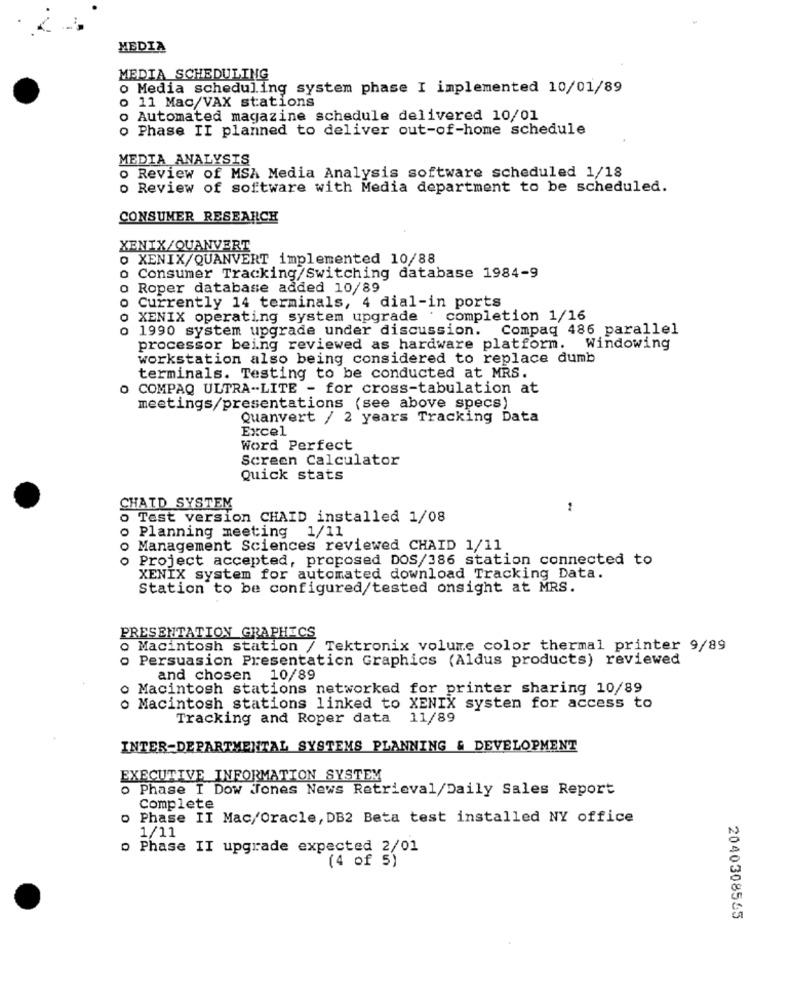
MEDIA
MEDIA SCHEDULING
o Media scheduling system phase I implemented 10/01/89
o 11 Mac/VAX stations
o Automated magazine schedule delivered 10/01
o Phase II planned to deliver out-of-home schedule
MEDIA ANALYSIS
o Review of MSA Media Analysis software scheduled 1/18
o Review of software with Media department to be scheduled.
CONSUMER RESEARCH
XENIX/QUANVERT
O XENIX/QUANVERT implemented 10/88
o Consumer Tracking/Switching database 1984-9
o Roper database added 10/89
o Currently 14 terminals, 4 dial-in ports
O XENIX operating system upgrade : completion 1/16
o 1990 system upgrade under discussion. Compaq 486 parallel
processor being reviewed as hardware platform.
Windowing
workstation also being considered to replace dumb
terminals. Testing to be conducted at MRS.
O COMPAQ ULTRA-LITE - for cross-tabulation at
meetings/presentations (see above specs)
Quanvert / 2 years Tracking Data
Excel
Word Perfect
Screen Calculator
Quick stats
CHATD SYSTEM
1
o Test version CHAID installed 1/08
Planning meeting 1/11
Management Sciences reviewed CHAID 1/11
o Project accepted, proposed DOS/386 station connected to
XENIX system for automated download Tracking Data.
Station to be configured/tested onsight at MRS.
PRESENTATION GRAPHICS
o Macintosh station / Tektronix volume color thermal printer 9/89
o Persuasion Presentation Graphics (Aldus products) reviewed
and chosen 10/89
o Macintosh stations networked for printer sharing 10/89
o Macintosh stations linked to XENIX system for access to
Tracking and Roper data 11/89
INTER-DEPARTMENTAL SYSTEMS PLANNING & DEVELOPMENT
EXECUTIVE INFORMATION SYSTEM
o Phase I Dow Jones News Retrieval/Daily Sales Report
Complete
o Phase II Mac/Oracle, DB2 Beta test installed NY office
1/11
o Phase II upgrade expected 2/01
(4 of 5)
2040308565